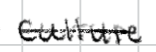
Text: culture
Cross-out: single-line
Writing tool: digital_black